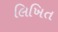
લિખિત